Newspaper: Süd=Dakota Nachrichten und Herold.
Place of publication: Sioux Falls, Süd=Dakota
Publisher: Hans Demuth
Date: 1900-10-18 00:00:00
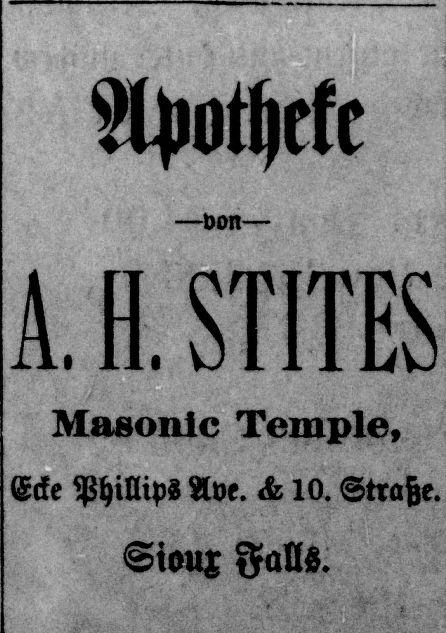
Advertisement text (OCR):
Apotheke^ *V ,4*—bon*5*„» f'X'1 A: ff. STITES Masonic Temple, Ecke Phillips Ave. & 10. :.v. Straße. Sioux Fallt, .. SV
Label: text-only